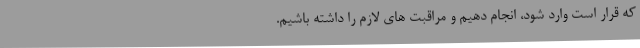
که قرار است وارد شود، انجام دهیم و مراقبت ‌های لازم را داشته باشیم.